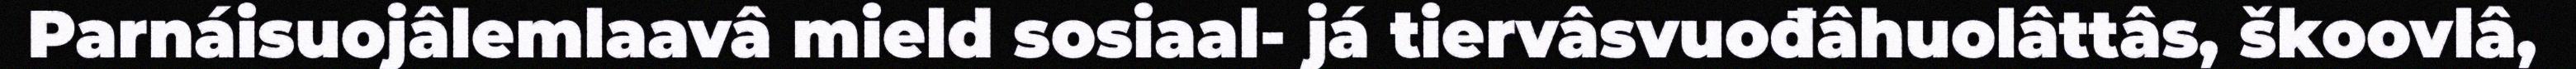
Parnáisuojâlemlaavâ mield sosiaal- já tiervâsvuođâhuolâttâs, škoovlâ,